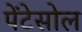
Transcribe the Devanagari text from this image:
पेंटेसोल